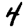
Digit: 4